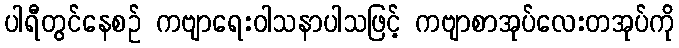
ပါရီတွင်နေစဉ် ကဗျာရေးဝါသနာပါသဖြင့် ကဗျာစာအုပ်လေးတအုပ်ကို